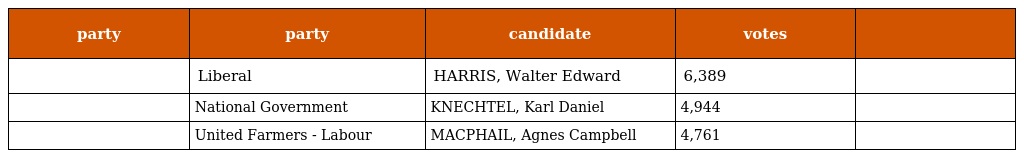
| party | party | candidate | votes |  |
 | --- | --- | --- | --- | --- |
 |  | Liberal | HARRIS, Walter Edward | 6,389 |  |
 |  | National Government | KNECHTEL, Karl Daniel | 4,944 |  |
 |  | United Farmers - Labour | MACPHAIL, Agnes Campbell | 4,761 |  |